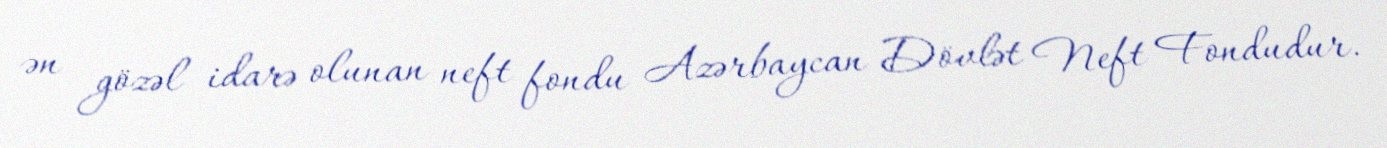
ən gözəl idarə olunan neft fondu Azərbaycan Dövlət Neft Fondudur.